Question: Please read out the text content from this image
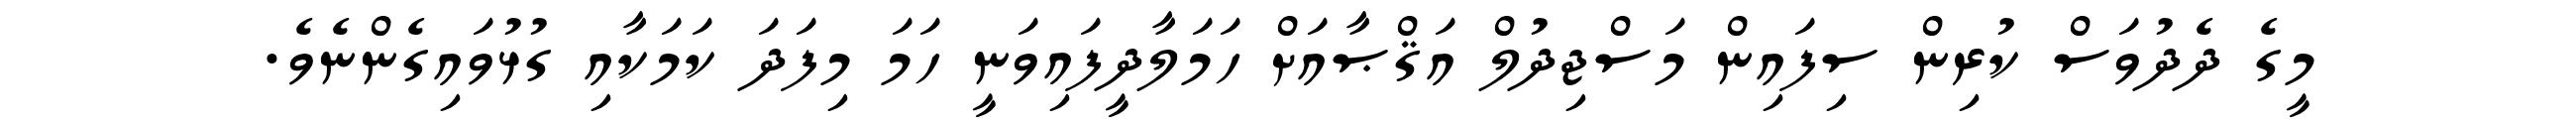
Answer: މީގެ ދެދުވަސް ކުރިން ސިފައިން މަސްޖިދުލް އަޤްޞާއަށް ހަމަލާދީފައިވަނީ ހަމަ މިފަދަ ކަމަކާއި ގުޅުވައިގެންނެވެ.